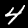
Label: 4